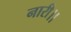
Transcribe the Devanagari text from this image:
नारी।।